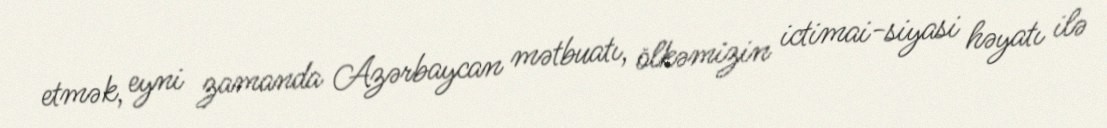
etmək, eyni zamanda Azərbaycan mətbuatı, ölkəmizin ictimai-siyasi həyatı ilə